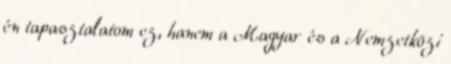
én tapasztalatom ez, hanem a Magyar és a Nemzetközi